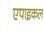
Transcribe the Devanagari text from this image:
एपाइकल